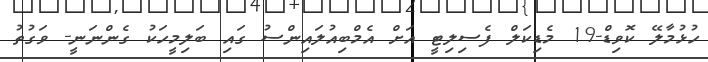
ހުޅުމާލޭ ކޮވިޑް-19 މެޑިކަލް ފެސިލިޓީ އަށް އެމްބިއުލައިންސު ގައި ބަލިމީހަކު ގެންނަނީ- ވަގުތު